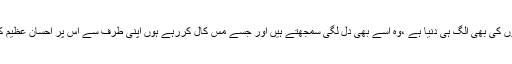
مس کال کرنے والوں کی بھی الگ ہی دنیا ہے ،وہ اسے بھی دل لگی سمجھتے ہیں اور جسے مس کال کررہے ہوں اپنی طرف سے اس پر احسانِ عظیم کر رہے ہوتے ہیں ۔